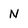
Character: N